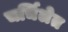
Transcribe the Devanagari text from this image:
चर्चिलेत